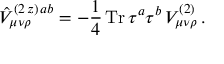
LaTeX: \hat { V } _ { \mu \nu \rho } ^ { ( 2 \, z ) \, a b } = - \frac { 1 } { 4 } \, \mathrm { T r } \, \tau ^ { a } \tau ^ { b } \, V _ { \mu \nu \rho } ^ { ( 2 ) } \, .